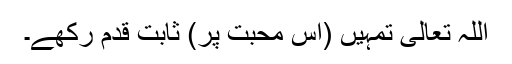
اللہ تعالیٰ تمہیں (اس محبت پر) ثابت قدم رکھے۔